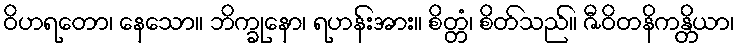
ဝိဟရတော၊ နေသော။ ဘိက္ခုနော၊ ရဟန်းအား။ စိတ္တံ၊ စိတ်သည်။ ဇီဝိတနိကန္တိယာ၊